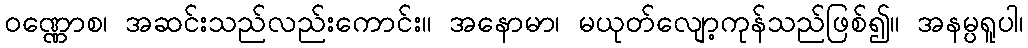
ဝဏ္ဏောစ၊ အဆင်းသည်လည်းကောင်း။ အနောမာ၊ မယုတ်လျော့ကုန်သည်ဖြစ်၍။ အနမ္ပရူပါ၊